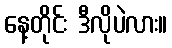
နေ့တိုင်း ဒီလိုပဲလား။